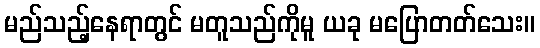
မည်သည့်နေရာတွင် မတူသည်ကိုမူ ယခု မပြောတတ်သေး။